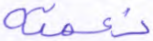
نعمته